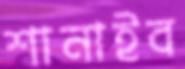
শানাইব